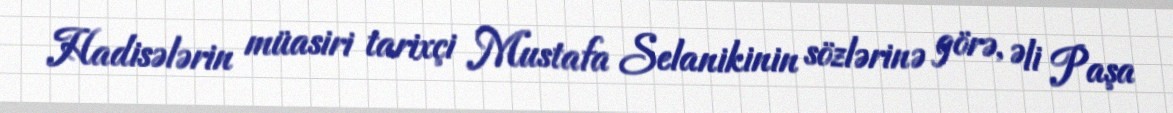
Hadisələrin müasiri tarixçi Mustafa Selanikinin sözlərinə görə, Əli Paşa